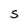
Character: S